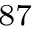
^ { 8 7 }